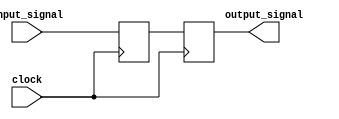
module sequential_logic(
    input wire input_signal,
    input wire clock,
    output reg output_signal
);

reg temp_signal;

// Transparent latch
always @(posedge clock)
begin
    temp_signal <= input_signal;
end

// D flip-flop
always @(posedge clock)
begin
    output_signal <= temp_signal;
end

endmodule